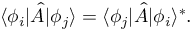
\langle \phi _ { i } | { \hat { A } } | \phi _ { j } \rangle = \langle \phi _ { j } | { \hat { A } } | \phi _ { i } \rangle ^ { * } .